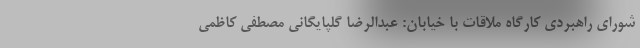
شورای راهبردی کارگاه ملاقات با خیابان: عبدالرضا گلپایگانی مصطفی کاظمی